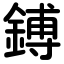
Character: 鎛